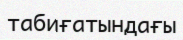
табиғатындағы